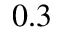
0 . 3